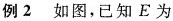
例2如图，已知E为